Vaccination in Bombay 1869-1873 - 1869-1873
Year: 1869
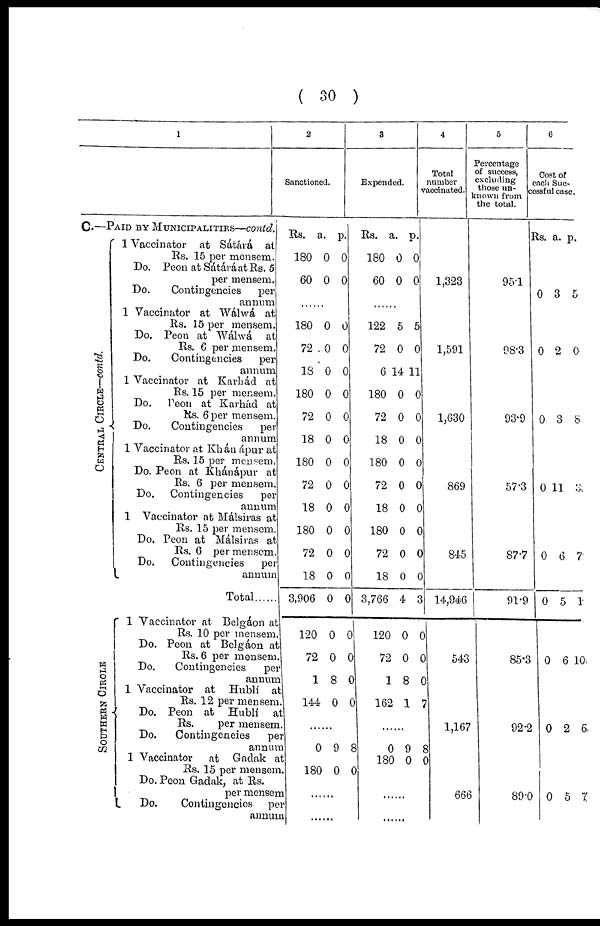
( 30 )
1
C.—PAID BY MUNICIPALITIES—contd.
CENTRAL CIRCLE—contd.
SOUTHERN CIRCLE
1 Vaccinator at Sátárá at
Rs. 15 per mensem.
Do. Peon at Sátárá at Rs. 5
per mensem.
Do.
Contingencies
per
annum
1 Vaccinator at Wálwá at
Rs. 15 per mensem.
Do. Peon at Wálwá at
Rs. 6 per mensem.
Do.
Contingencies
per
annum
1 Vaccinator at Karhád at
Rs. 15 per mensem.
Do.
Peon at Karkád at
Rs. 6 per mensem.
Do.
Contingencies
per
annum
1 Vaccinator at Khánápur at
Rs. 15 per mensem.
Do. Peon at Khánápur at
Rs. 6 per mensem.
Do.
Contingencies
per
annum
1 Vaccinator at Málsiras at
Rs. 15 per mensem.
Do. Peon at Málsiras at
Rs. 6 per mensem.
Do.
Contingencies
per
annum
Total ......
1 Vaccinator at Belgáon at
Rs. 10 per mensem.
Do. Peon at Belgáon at
Rs. 6 per mensem.
Do.
Contingencies
per
annum
1 Vaccinator at Hublí at
Rs. 12 per mensem.
Do. Peon at Hublí at
Rs.
per mensem.
Do.
Contingencies
per
annum
1 Vaccinator at Gadak at
Rs. 15 per mensem.
Do. Peon Gadak, at Rs.
per mensem
Do.
Contingencies per
annum
2
Sanctioned.
Rs.
180
60
a.
0
0
p.
0
0
......
180
72
18
180
72
18
180
72
18
180
72
18
3,906
120
72
1
144
0
0
0
0
0
0
0
0
0
0
0
0
0
0
0
8
0
0
0
0
0
0
0
0
0
0
0
0
0
0
0
0
0
0
......
0
180
9
0
8
0
......
......
3
Expended.
Rs.
180
60
0
0
a.
0
0
......
122
72
6
180
72
18
180
72
18
180
72
18
3,766
120
72
1
162
5
0
14
0
0
0
0
0
0
0
0
0
4
0
0
8
1
5
0
11
0
0
0
0
0
0
0
0
0
3
0
0
0
7
......
0
180
9
0
8
0
......
......
4
Total
number
vaccinated.
p.
1,323
1,591
1,630
869
845
14,946
543
1,167
666
5
Percentage
of success,
excluding
those un¬
known from
the total.
95.1
98.3
93.9
57.3
877
91.9
85.3
92.2
89.0
6
Cost of
each Suc¬
cessful case.
Rs. a. p.
0 3 5
0 2 0
0 3 8
0 11 3
0 6 7
0 5 1
0 6 10
0 2 6
0 5 7